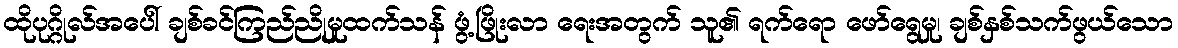
ထိုပုဂ္ဂိုလ်အပေါ် ချစ်ခင်ကြည်ညိုမှုထက်သန် ဖွံ့ဖြိုးလာ ရေးအတွက် သူ၏ ရက်ရော ဖော်ရွေမှု၊ ချစ်နှစ်သက်ဖွယ်သော